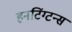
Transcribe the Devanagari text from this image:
हनटिंग्टन्स